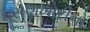
ઘૂસણખોરીનો